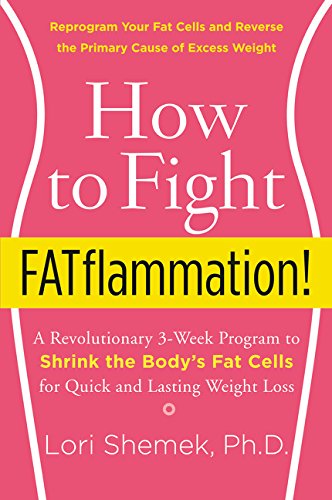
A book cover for How to Fight FATflammation!: A Revolutionary 3-Week Program to Shrink the Body's Fat Cells for Quick and Lasting Weight Loss; Lori, PhD Shemek; Medical Books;